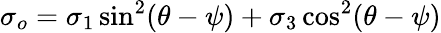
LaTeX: \sigma_{o}=\sigma_{1}\sin^{2}(\theta-\psi)+\sigma_{3}\cos^{2}(\theta-\psi)